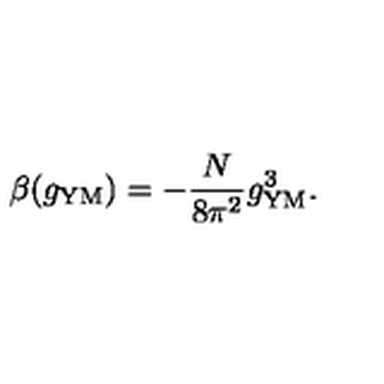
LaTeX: \beta ( g _ { \mathrm { Y M } } ) = - \frac { N } { 8 \pi ^ { 2 } } g _ { \mathrm { Y M } } ^ { 3 } .